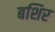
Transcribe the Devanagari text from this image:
बशिर